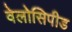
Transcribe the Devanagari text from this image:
वेलोसिपीड